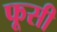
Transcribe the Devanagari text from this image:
फूसी